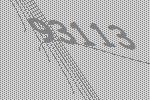
93113